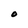
Character: O